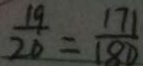
\frac { 1 9 } { 2 0 } = \frac { 1 7 1 } { 1 8 0 }